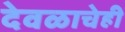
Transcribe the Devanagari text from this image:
देवळाचेही